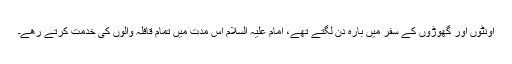
اونٹوں اور گھوڑوں کے سفر میں بارہ دن لگتے تھے، امام علیہ السلام اس مدت میں تمام قافلہ والوں کی خدمت کرتے رھے۔